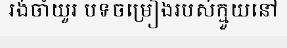
រង់ចាំយួរ បទចម្រៀងរបស់ក្មួយនៅ